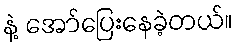
နဲ့ အော်ပြေးနေခဲ့တယ်။